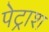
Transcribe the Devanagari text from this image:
पेट्राश